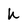
Character: h